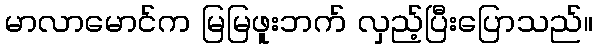
မာလာမောင်က မြမြဖူးဘက် လှည့်ပြီးပြောသည်။